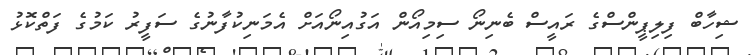
ޝިހާބް ފިލިޕީންސްގެ ރައީސް ބެނިނޯ ސިމިއޯން އަގުއިނޯއަށް އެމަނިކުފާނުގެ ސަފީރު ކަމުގެ ފަތްކޮޅު